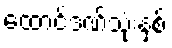
ထောင်ဒဏ်သုံးနှစ်